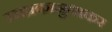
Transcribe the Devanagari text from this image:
रसप्रकासुधाकर